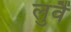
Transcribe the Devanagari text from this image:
लुवैं